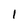
Character: 1